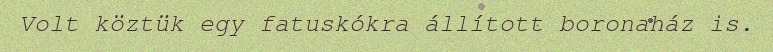
Volt köztük egy fatuskókra állított boronaház is.